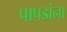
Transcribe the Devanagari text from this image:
पापडांना